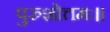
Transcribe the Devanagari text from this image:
पुरुशोत्तमः।।